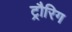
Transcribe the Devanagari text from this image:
ट्रौरिग